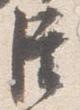
臣